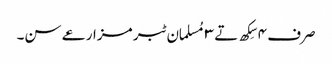
صرف ٤ سِکھ تے ٣ مُسلمان ٹبر مزارعے سن۔